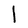
Character: 1